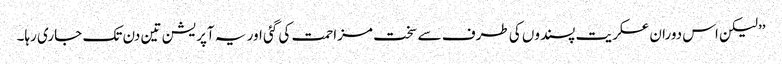
’’لیکن اس دوران عسکریت پسندوں کی طرف سے سخت مزاحمت کی گئی اور یہ آپریشن تین دن تک جاری رہا۔